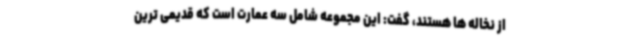
از نخاله ها هستند، گفت: این مجموعه شامل سه عمارت است که قدیمی ترین